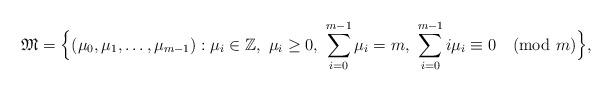
LaTeX: \begin{align*}\frak M=\Bigl\{(\mu_0,\mu_1,\dots,\mu_{m-1}):\mu_i\in\Bbb Z,\ \mu_i\ge 0,\ \sum_{i=0}^{m-1}\mu_i=m,\ \sum_{i=0}^{m-1}i\mu_i\equiv 0\pmod m\Bigr\},\end{align*}